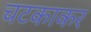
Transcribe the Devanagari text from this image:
चटकाकर